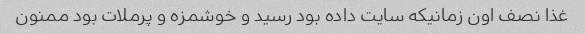
غذا نصف اون زمانیکه سایت داده بود رسید و خوشمزه و پرملات بود ممنون